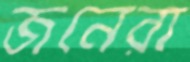
জনেরা